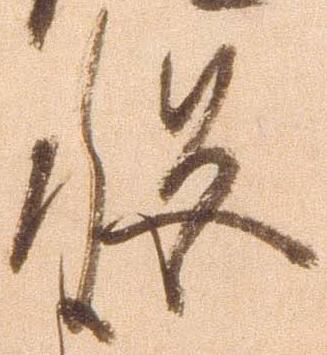
秘